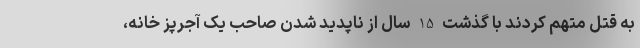
به قتل متهم کردند با گذشت 15 سال از ناپدید شدن صاحب یک آجرپز خانه،